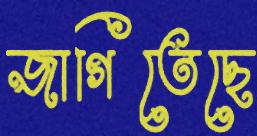
জাগিতেছে